Report of the King Institute of Preventive Medicine, Guindy
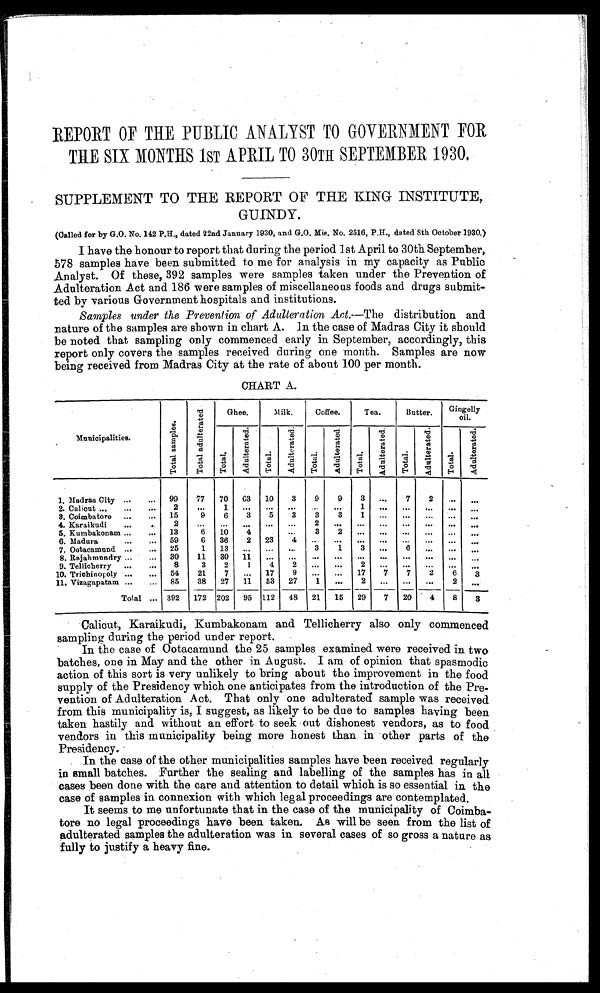
REPORT OF THE PUBLIC ANALYST TO GOVERNMENT FOR
THE SIX MONTHS 1ST APRIL TO 30TH SEPTEMBER 1930.
SUPPLEMENT TO THE REPORT OF THE KING INSTITUTE,
GUINDY.
(Called for by G.O. No. 142 P.H., dated 22nd January 1930, and G.O. Mis. No. 2516, P.H., dated 8th October 1930.)
I have the honour to report that during the period lst April to 30th September,
578 samples have been submitted to me for analysis in my capacity as Public
Analyst. Of these, 392 samples were samples taken under the Prevention of
Adulteration Act and 186 were samples of miscellaneous foods and drugs submit
-
ted by various Government hospitals and institutions.
Samples under the Prevention of Adulteration Act.— The distribution and
nature of the samples are shown in chart A. In the case of Madras City it should
be noted that sampling only commenced early in September, accordingly, this
report only covers the samples received during one month. Samples are now
being received from Madras City at the rate of about 100 per month.
CHART A.
Municipalities.
T o t a l S a m p l e s .
T o t a l a d u l t e r a t e d
Ghee.
Milk.
Coffee.
Tea.
Butter.
Gingelly
oil.
T o t a l .
A d u l t e r a t e d .
T o t a l .
A d u l t e r a t e d .
T o t a l .
A d u l t e r a t e d .
T o t a l .
A d u l t e r a t e d .
T o t a l .
A d u l t e r a t e d .
T o t a l .
A d u l t e r a t e d .
1. Madras City . . .
99
77
70
63
10
3
9
9
3
. . .
7
2
. . .
. . .
2. Calicut . . .
2
. . .
1
. . .
. . .
. . .
. . . . . .
1
. . .
. . .
. . .
. . .
. . .
3. Coimbatore . . .
15
9
6
3
5
3
3
3
1
. . .
. . .
. . .
. . .
. . .
4. Karaikudi . . .
2
. . .
. . . . . .
. . .
. . .
2
. . .
. . .
. . .
. . .
. . .
. . .
. . .
5. Kumbakonam. . .
13
6
10
4
. . .
3
2
. . .
. . .
. . .
. . .
. . .
. . .
6. Madura. . .
59
6
36
2
23
4
. . .
. . .
. . .
. . .
. . .
. . .
. . .
. . .
7. Ootacamund . . .
25
1
13 . . .
. . .
. . .
3
1
3
. . .
6 . . .
. . .
. . .
8. Rajahmundry . . .
30
11
30
11
. . .
. . .
. . .
. . .
. . .
. . .
. . .
. . .
. . .
. . .
9. Tellicherry . . .
8
3
2
1
4
2
. . .
. . . 2
. . .
. . .
. . .
. . .
. . .
10. Trichinopoly . . .
54
21
7 . . .
17
9
. . .
. . . 17
7
7
2
6
3
11. Vizagapatam . . .
85
38
27
11
53
27
1
. . .
2
. . .
. . .
. . .
2
. . .
Total . . . 392
172 202
95 112
48
21
15
29
7
20
4
8
3
Calicut, Karaikudi, Kumbakonam and Tellicherry also only commenced
sampling during the period under report.
In the case of Ootacamund the 25 samples examined were received in two
batches, one in May and the other in August. I am of opinion that spasmodic
action of this sort is very unlikely to bring about the improvement in the food
supply of the Presidency which one anticipates from the introduction of the Pre--
vention of Adulteration Act. That only one adulterated sample was received
from this municipality is, I suggest, as likely to be due to samples having been
taken hastily and without an effort to seek out dishonest vendors, as to food
vendors in this municipality being more honest than in other parts of the
Presidency.
In the case of the other municipalities samples have been received regularly
in small batches. Further the sealing and labelling of the samples has in all
cases been done with the care and attention to detail which is so essential in the
case of samples in connexion with which legal proceedings are contemplated.
It seems to me unfortunate that in the case of the municipality of Coimba--
tore no legal proceedings have been taken. As will be seen from the list of
adulterated samples the adulteration was in several cases of so gross a nature as
fully to justify a heavy fine.